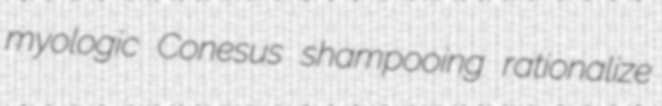
myologic Conesus shampooing rationalize